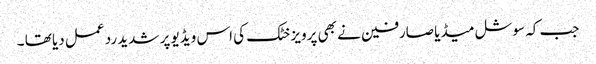
جب کہ سوشل میڈیا صارفین نے بھی پرویز خٹک کی اس ویڈیو پر شدید رد عمل دیا تھا ۔